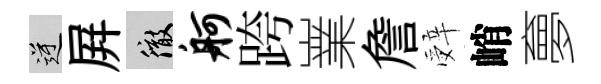
逆屛徹舸跨嶪詹辤峭夣